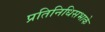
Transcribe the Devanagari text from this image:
प्रतिनिधिसभाके